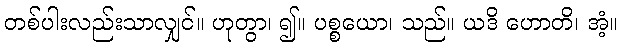
တစ်ပါးလည်းသာလျှင်။ ဟုတွာ၊ ၍။ ပစ္စယော၊ သည်။ ယဒိ ဟောတိ၊ အံ့။